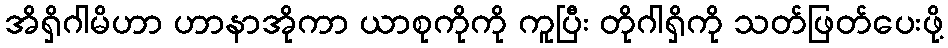
အိရှိဂါမိဟာ ဟာနာအိုကာ ယာစုကိုကို ကူပြီး တိုဂါရှိကို သတ်ဖြတ်ပေးဖို့